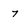
Character: 7